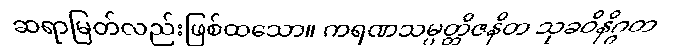
ဆရာမြတ်လည်းဖြစ်ထသော။ ကရဏသမ္ပတ္တိဇနိတ သုခဝိနိဂ္ဂတ